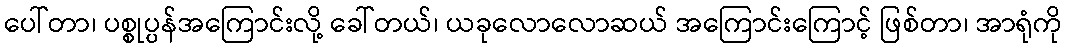
ပေါ်တာ၊ ပစ္စုပ္ပန်အကြောင်းလို့ ခေါ်တယ်၊ ယခုလောလောဆယ် အကြောင်းကြောင့် ဖြစ်တာ၊ အာရုံကို